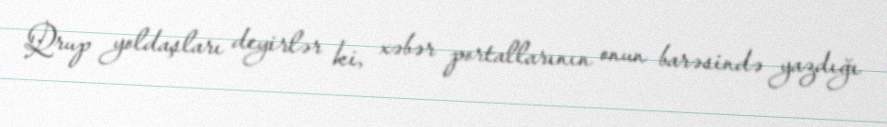
Qrup yoldaşları deyirlər ki, xəbər portallarının onun barəsində yazdığı